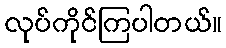
လုပ်ကိုင်ကြပါတယ်။